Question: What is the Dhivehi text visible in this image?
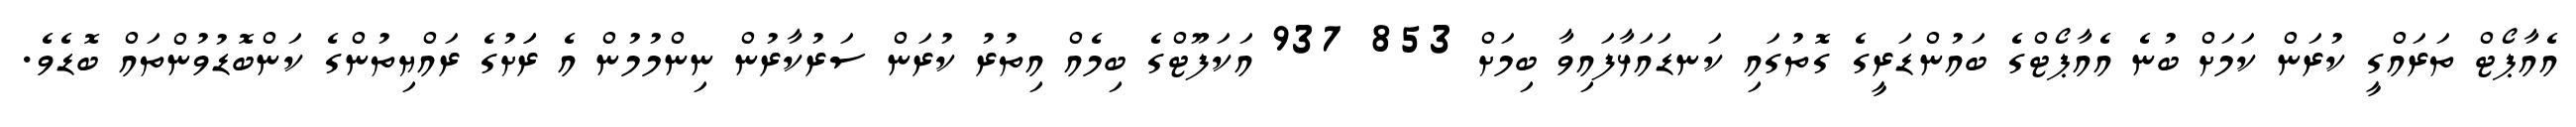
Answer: އެއާޕޯޓް ތަރައްގީ ކުރަން ކަމަށް ބުނެ އެއާޕޯޓްގެ ބައުންޑަރީގެ ގޮތުގައި ކަނޑައަޅާފައިވާ ބިމަށް 853 937 އަކަފޫޓްގެ ބިމެއް އިތުރު ކުރަން ސަރުކާރުން ނިންމުމުން އެ ރަަށުގެ ރައްޔިތުންގެ ކަންބޮޑުވުންތައް ބޮޑެވެ.